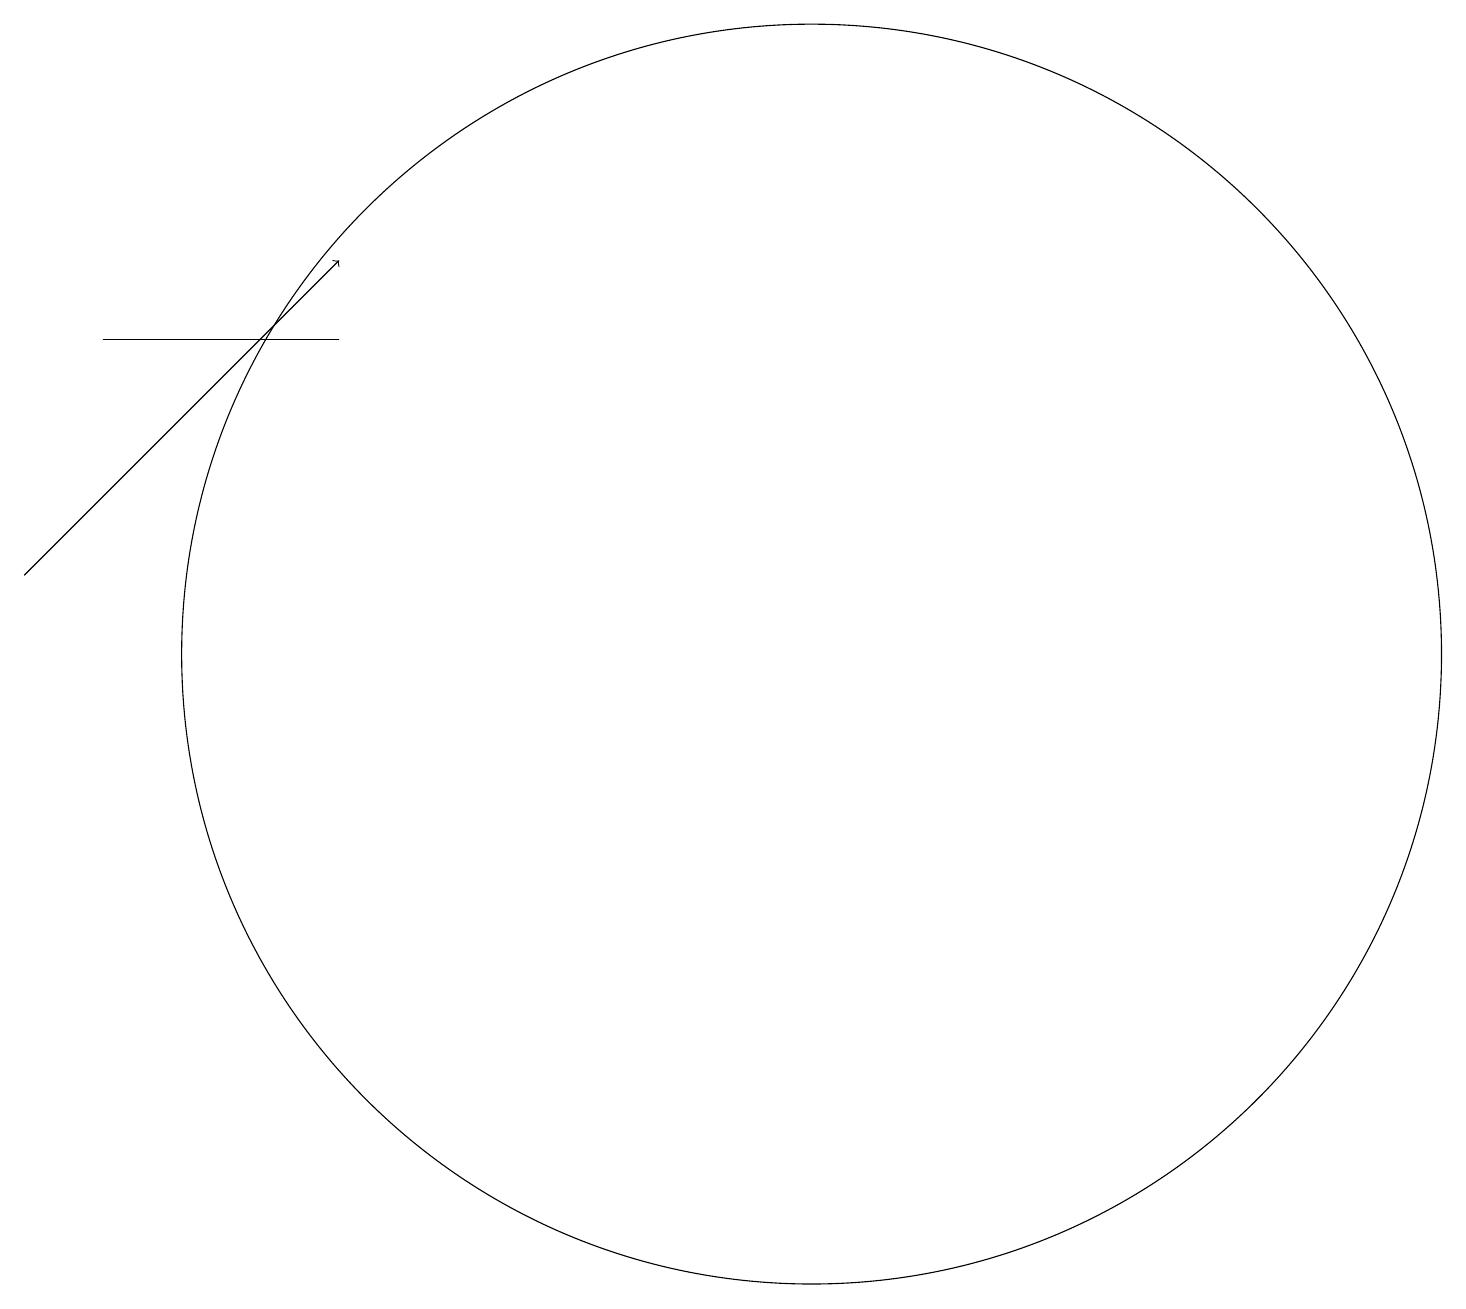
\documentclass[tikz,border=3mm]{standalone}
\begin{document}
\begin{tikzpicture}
\draw[->] (1,11) -- (5,15);
\draw (2,14) rectangle (5,14);
\draw (11,10) circle (8);
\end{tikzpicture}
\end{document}